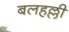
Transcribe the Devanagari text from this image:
बलहल्ली